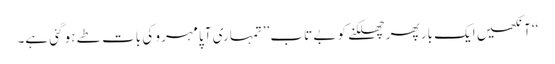
‘‘ آنکھیں ایک بار پھر چھلکنے کو بے تاب ’’تمہاری آپا مہرو کی بات طے ہو گئی ہے۔